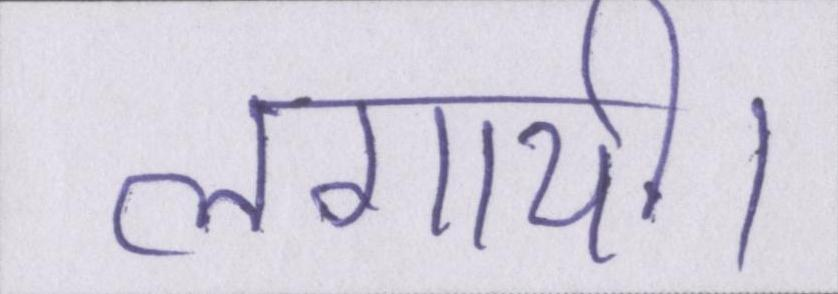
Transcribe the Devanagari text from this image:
लगायी।